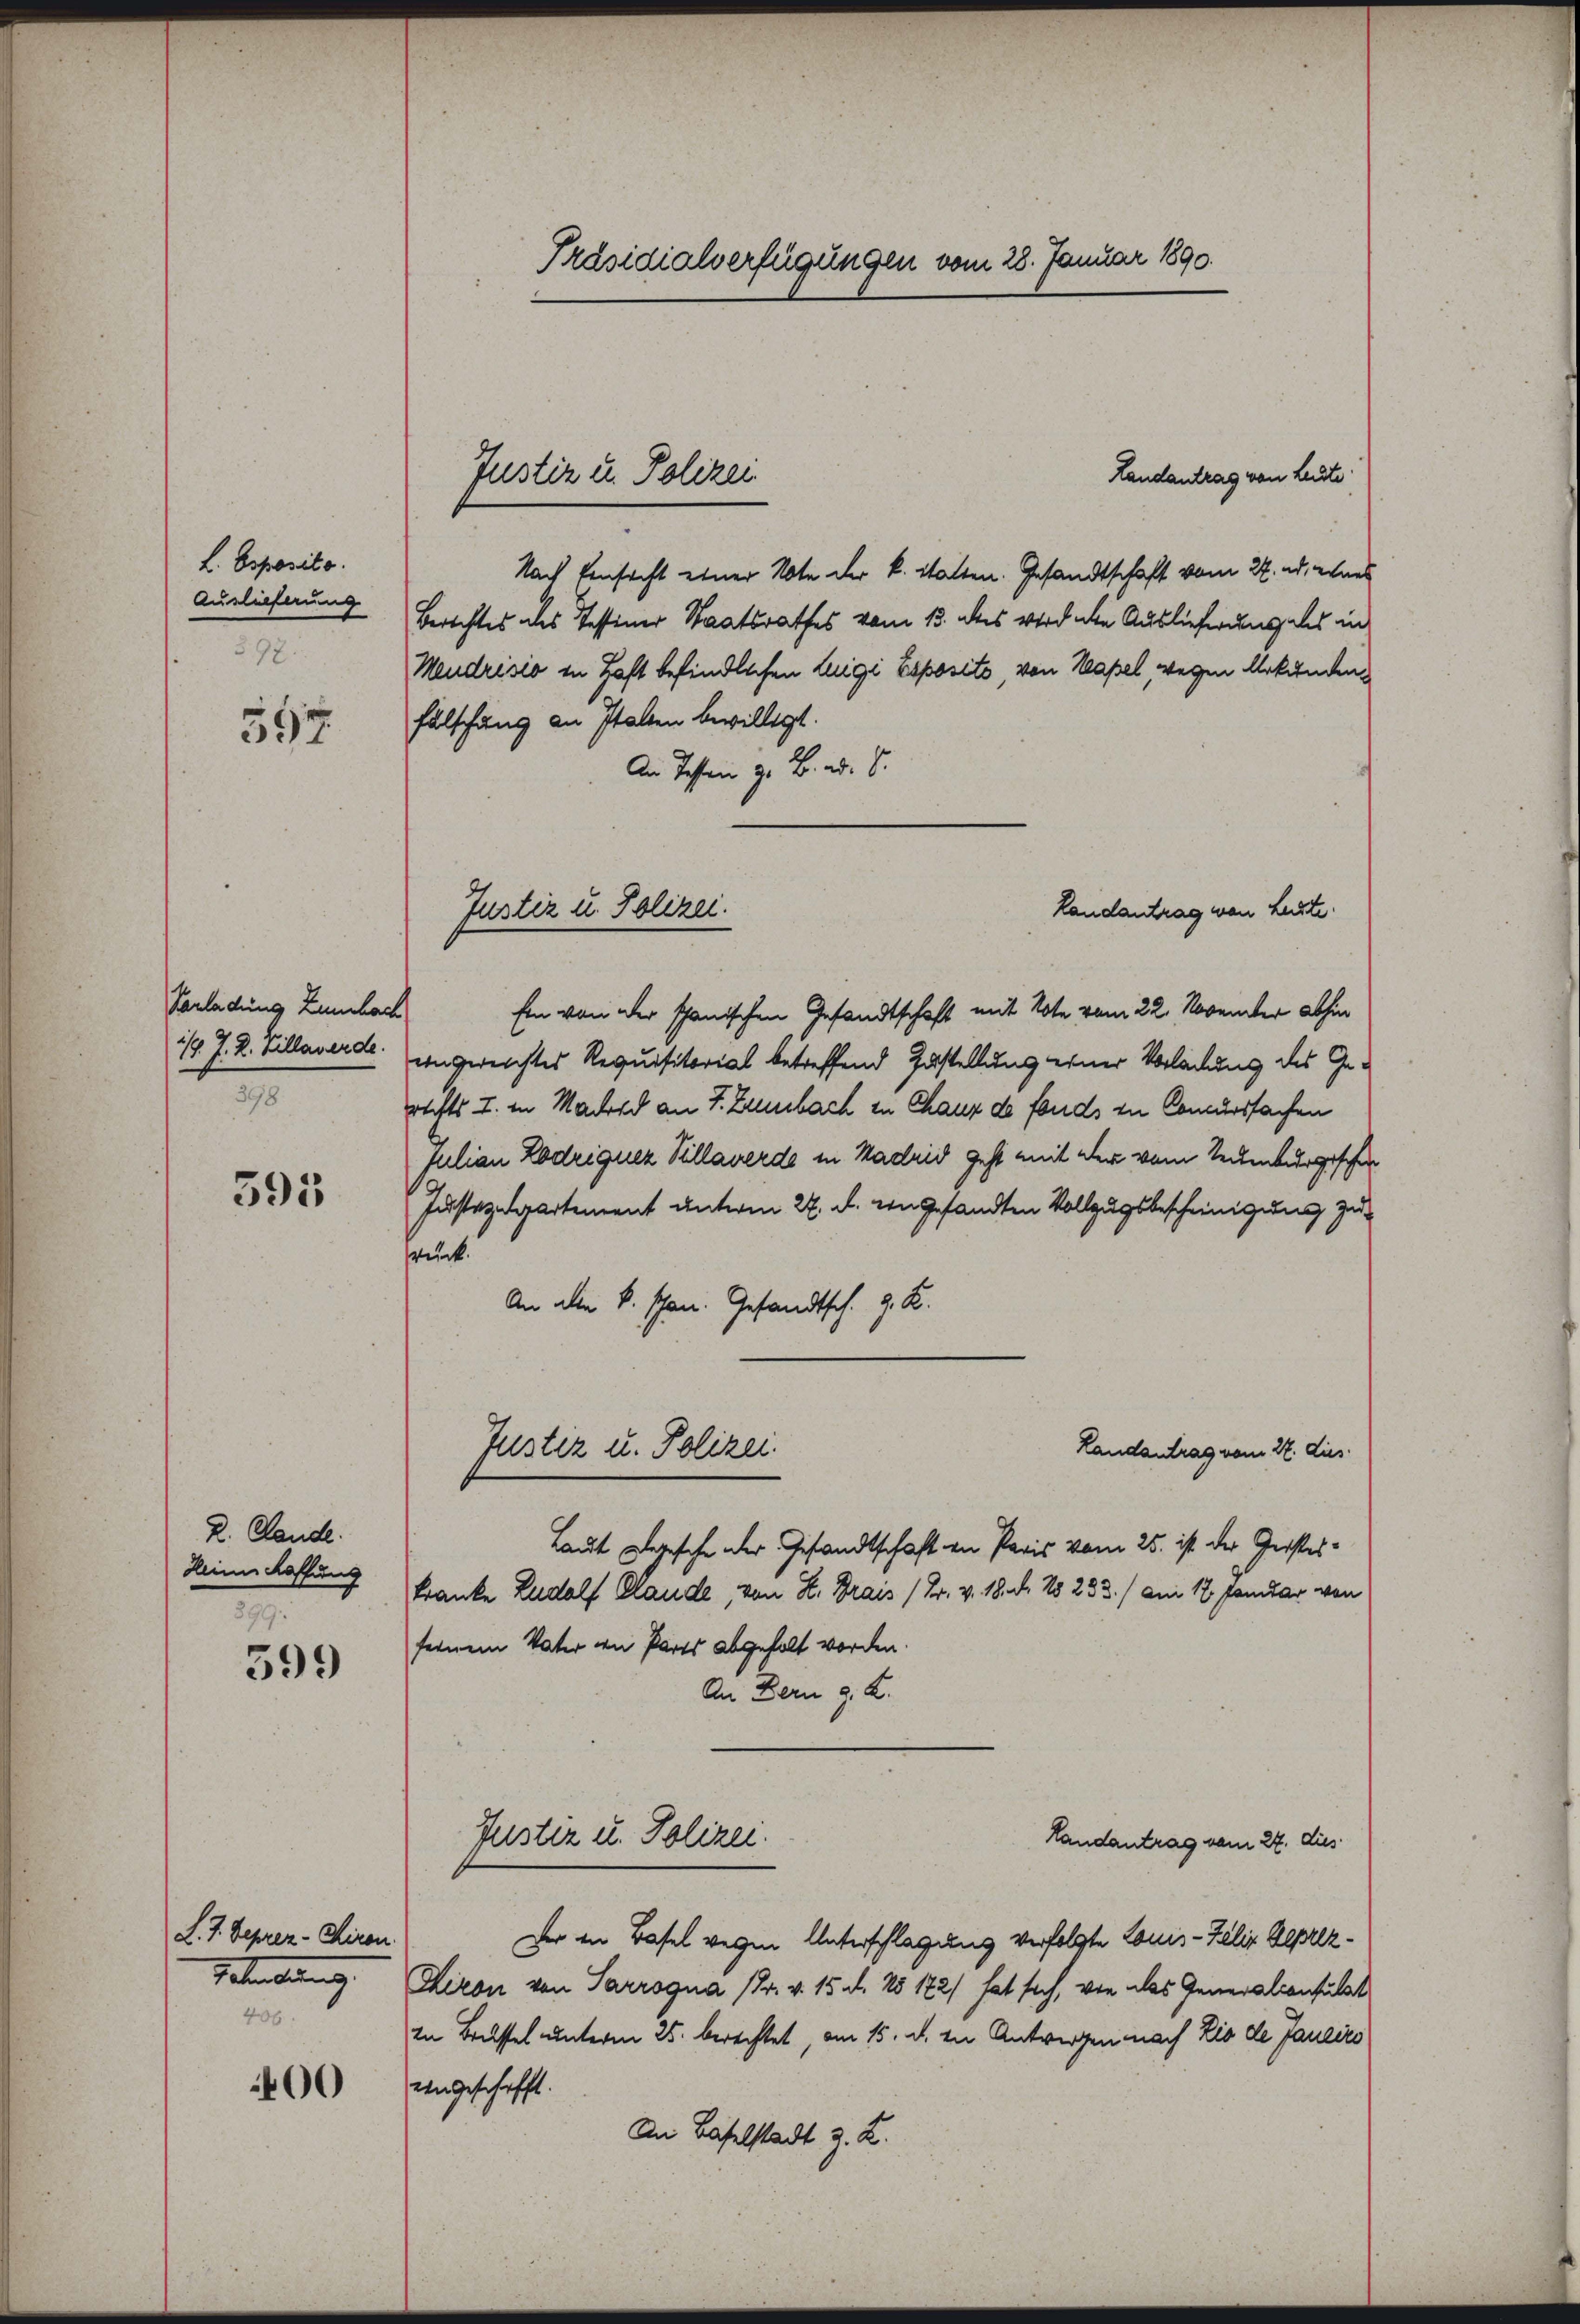
L. Bsposito.
Auslieferung
397.

597

Vorladung Zumbach
2

595

D. Lande.
Heine Kaffung
299.

599

L. 7. Septer - Hiron.
Beteilung.
406.

00

Präsidialverfügungen vom 28. Januar 1890.

Justiz u. Polizei

Landantrag man heute.
Justiz u. Polizei.

Landantrag von Leute
Nach Einsicht einer Note der k. Statten. Gesandtschaft vom 24. ad. eines
Berichtes des Tessiner Staatsrathes vom 13. des wirdete Auslieferung des in
Mendrisio in Haft befindlichen Legi Esposito, von Kapel, wegen Urkunden
fälschung an Italten bewilligt.
An Testen z. B. d. 8.
Ein von der schanischen Gesandtschaft mit Note vom 22. November abhin
1/4 J. R. Villawerde. Ungereichtes Requisitorial betreffend Zustellung einer Vorladung des Ge-
rechts I. in Macord an J. Zinsbach in Chaux de fonds in Concurssachen
Julian Lodriguer Villawerde in Madrid geht mit der vom Seckenburgischen
Justizdepartement unterm 22. d. von gesandten Vollzugsbescheinigung zu
wruck.
An die k. schon. Gesandtsch. J. K.
Justiz u. Polizei.
Landantrag vom 27. dies
Laut Legesche der Gesandtschaft an Paris vom 25. ist der Geistes¬
Franke Rudolf Claude, von H. Brais (Gr. v. 18. d. 25 233./ am 12. Januar von
feinem Vater an Paris abgeholt worden.
An Bern G. K.
Justiz u. Polizei.
Landantrag vom 27. dies
Der in Basel wegen Unterschlagung verfolgte Louis-Felix Deprez¬
Chiron von Sarrogna (Dr. v. 15. d. 25 172) hat sich, von das Generalconsult
in Brüssel unterm 25. berechtet, am 15. d. in Antwerfen nach Lis de Janeirs
eingeschafft.
An Baselstadt z. Z.